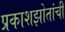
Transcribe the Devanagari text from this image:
प्रकाशझोतांची